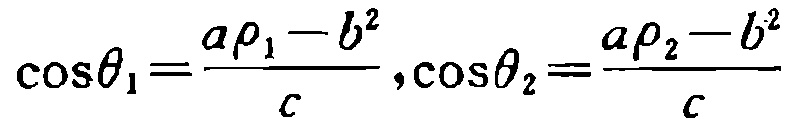
\(\cos\theta_{1}=\frac{a\rho_{1}-b^{2}}{c},\cos\theta_{2}=\frac{a\rho_{2}-b^{2}}{c}\)